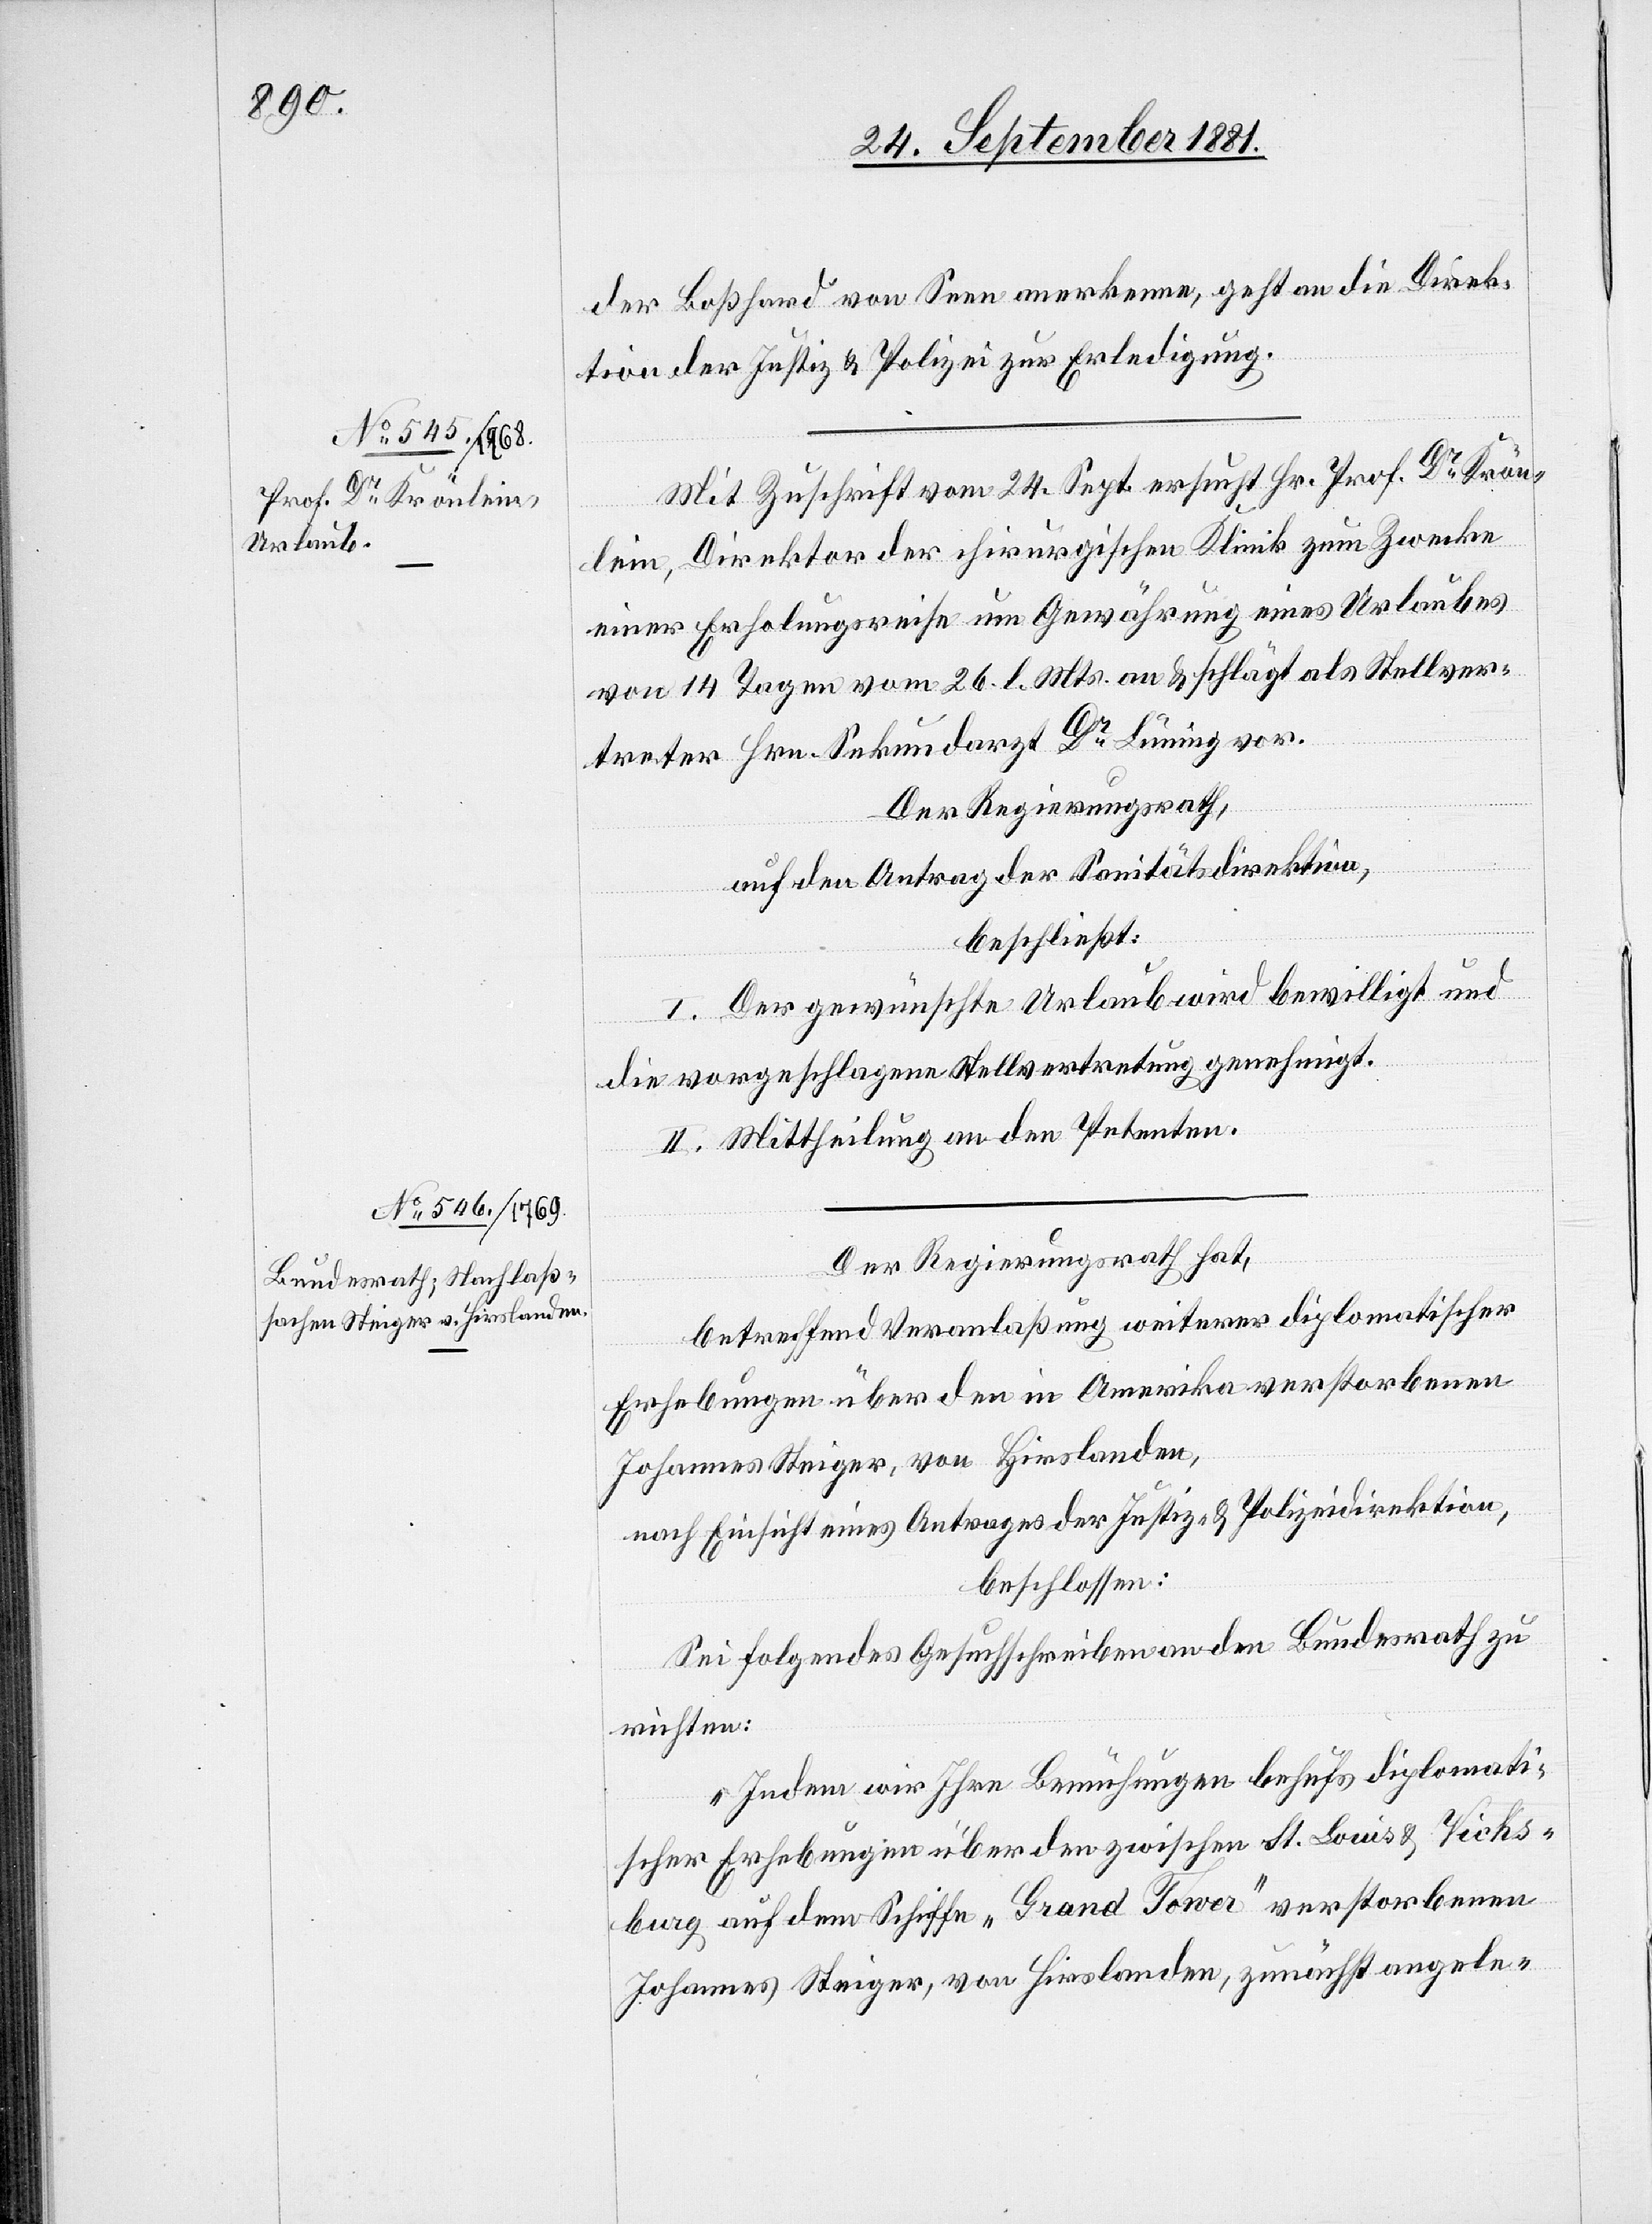
26. September 1881.]
der Boßhard von Seen anerkenne, geht an die Direk¬
tion der Justiz & Polizei zur Erledigung.
Mit Zuschrift vom 24. Sept. ersucht Hr. Prof. Dr Krön¬
lein, Direktor der chirurgischen Klinik zum Zwecke
einer Erholungsreise um Gewährung eines Urlaubes
von 14 Tagen vom 26. l. Mts an & schlägt als Stellver¬
treter Hrn. Sekundarzt [sic!] Dr Lüning vor.
Der Regierungsrath,
auf den Antrag der Sanitätsdirektion,
beschließt:
I. Der gewünschte Urlaub wird bewilligt und
die vorgeschlagene Stellvertretung genehmigt.
II. Mittheilung an den Petenten.
Der Regierungsrath hat,
betreffend Veranlaßung weiterer diplomatischer
Erhebungen über den in Amerika verstorbenen
Johannes Steiger, von Hirslanden,
nach Einsicht eines Antrages der Justiz- & Polizeidirektion,
beschlossen:
Sei folgendes Gesuchschreiben an den Bundesrath zu
richten:
„Indem wir Ihre Bemühungen behufs diplomati¬
scher Erhebungen über den zwischen St. Louis & Vicks¬
burg auf dem Schiffe „Grand Tower“ verstorbenen
Johannes Steiger, von Hirslanden, zunächst angele-